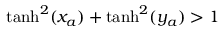
\operatorname { t a n h } ^ { 2 } ( x _ { a } ) + \operatorname { t a n h } ^ { 2 } ( y _ { a } ) > 1